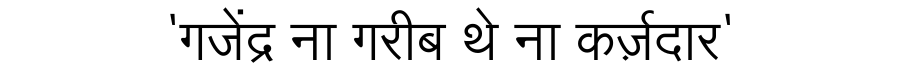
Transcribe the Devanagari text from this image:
'गजेंद्र ना गरीब थे ना कर्ज़दार'